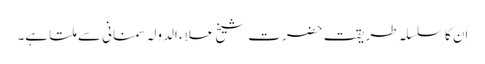
اِن کا سلسلہ طریقت حضرت شیخ علاء الدولہ سمنانی سے ملتا ہے۔